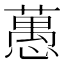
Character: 𦽳